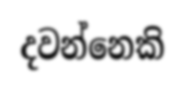
දවන්නෙකි